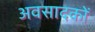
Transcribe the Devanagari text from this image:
अवसादकों